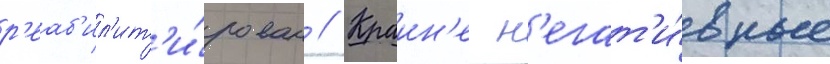
р'еаб'ил'ит'и́рован // Краин'е н'егат'и́вные